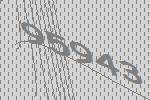
95943